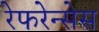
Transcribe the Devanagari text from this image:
रेफरेन्सेस